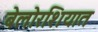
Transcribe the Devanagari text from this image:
बेलोरशियात